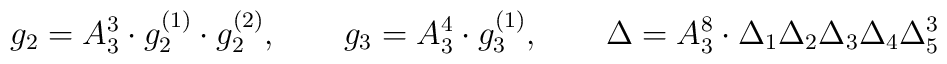
g_2 = A_3^3 \cdot g_2^{(1)} \cdot  g_2^{(2)}, \qquad	g_3 = A_3^4 \cdot g_3^{(1)}, \qquad	\Delta = A_3^8 \cdot \Delta_1 \Delta_2 \Delta_3 \Delta_4 \Delta_5^3